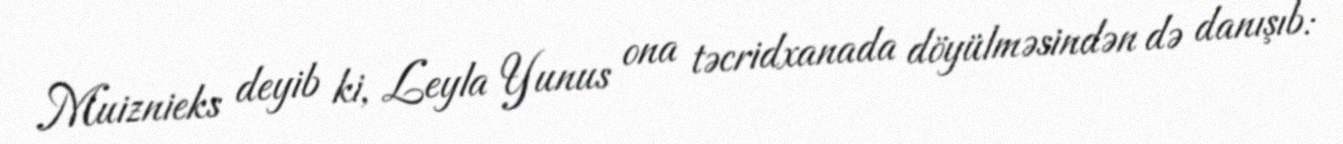
Muiznieks deyib ki, Leyla Yunus ona təcridxanada döyülməsindən də danışıb: